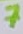
Text: 7